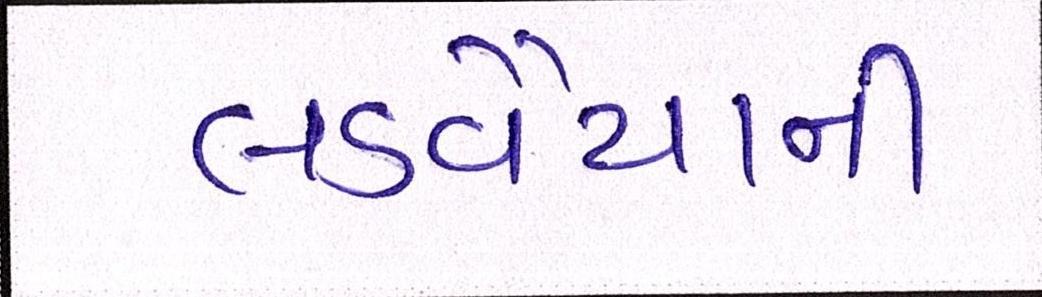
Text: લડવૈયાની